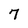
Character: 7